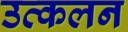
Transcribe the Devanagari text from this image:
उत्‍कलन